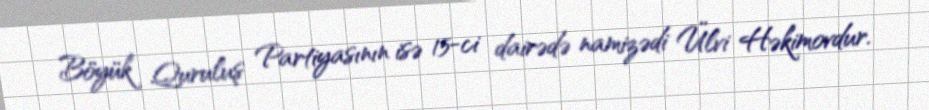
Böyük Quruluş Partiyasının isə 15-ci dairədə namizədi Ülvi Həkimovdur.